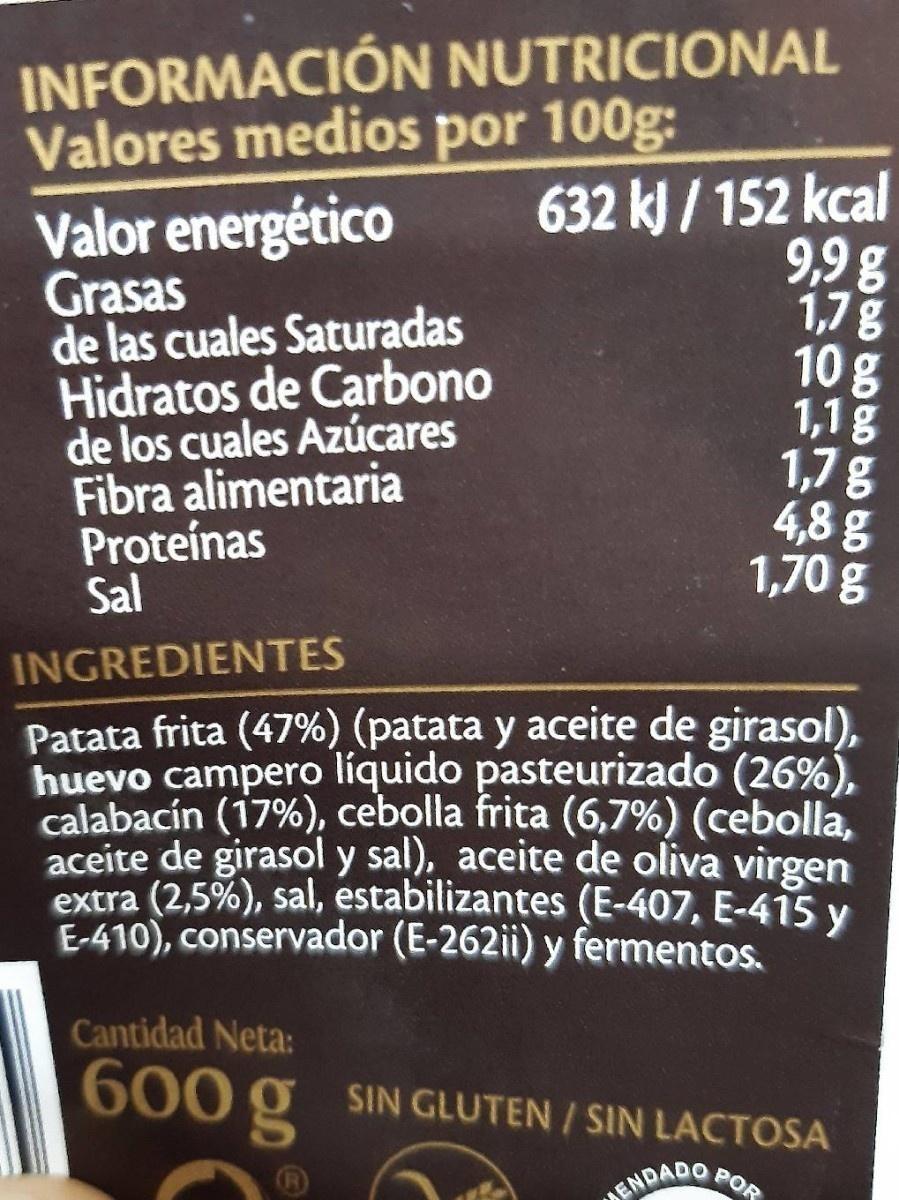
INFORMACIÓN NUTRICIONAL Valores medios por 100g:
Valor energético Grasas
de las cuales Saturadas Hidratos de Carbono
de los cuales Azúcares Fibra alimentaria Proteínas Sal
632 kJ/152 kcal 9,9 g 1,7 g
10 g
1,1 g
1,7 g
4,8 g
1,70 g
INGREDIENTES
Patata frita (47%) (patata y aceite de girasol), huevo campero líquido pasteurizado (26%), calabacín (17%), cebolla frita (6,7%) (cebolla, aceite de girasol y sal), aceite de oliva virgen extra (2,5%), sal, estabilizantes (E-407, E-415 y E-410), conservador (E-262ii) y fermentos.
Cantidad Neta:
600 g
POR
SIN GLUTEN/SIN LACTOSA
ENDADO